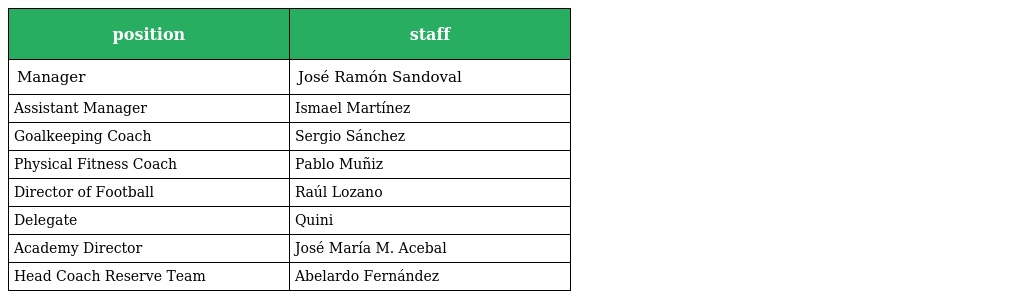
| position | staff |
 | --- | --- |
 | Manager | José Ramón Sandoval |
 | Assistant Manager | Ismael Martínez |
 | Goalkeeping Coach | Sergio Sánchez |
 | Physical Fitness Coach | Pablo Muñiz |
 | Director of Football | Raúl Lozano |
 | Delegate | Quini |
 | Academy Director | José María M. Acebal |
 | Head Coach Reserve Team | Abelardo Fernández |